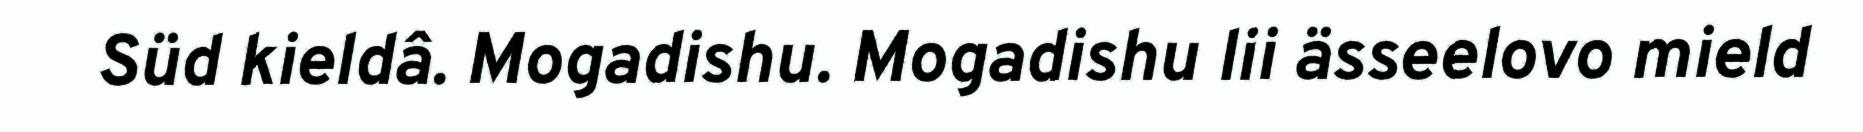
Süd kieldâ. Mogadishu. Mogadishu lii ässeelovo mield